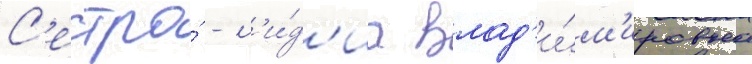
С'естра́ - л'и́д'иа влад'и́м'ировна